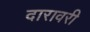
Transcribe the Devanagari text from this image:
दारावरी